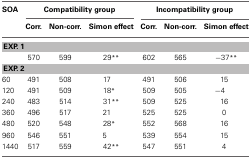
<table><thead><tr><td><b>SOA</b></td><td colspan="3"><b>Compatibility group</b></td><td colspan="3"><b>Incompatibility group</b></td></tr><tr><td></td><td><b>Corr.</b></td><td><b>Non-corr.</b></td><td><b>Simon effect</b></td><td><b>Corr.</b></td><td><b>Non-corr.</b></td><td><b>Simon effect</b></td></tr></thead><tbody><tr><td colspan="7"><b>EXP. 1</b></td></tr><tr><td></td><td>570</td><td>599</td><td>29<sup>**</sup></td><td>602</td><td>565</td><td>−37<sup>**</sup></td></tr><tr><td colspan="7"><b>EXP. 2</b></td></tr><tr><td>60</td><td>491</td><td>508</td><td>17</td><td>491</td><td>506</td><td>15</td></tr><tr><td>120</td><td>491</td><td>509</td><td>18<sup>*</sup></td><td>509</td><td>505</td><td>−4</td></tr><tr><td>240</td><td>483</td><td>514</td><td>31<sup>**</sup></td><td>509</td><td>525</td><td>16</td></tr><tr><td>360</td><td>496</td><td>517</td><td>21</td><td>525</td><td>525</td><td>0</td></tr><tr><td>480</td><td>520</td><td>548</td><td>28<sup>*</sup></td><td>552</td><td>568</td><td>16</td></tr><tr><td>960</td><td>546</td><td>551</td><td>5</td><td>539</td><td>554</td><td>15</td></tr><tr><td>1440</td><td>517</td><td>559</td><td>42<sup>**</sup></td><td>547</td><td>551</td><td>4</td></tr></tbody></table>